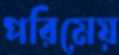
পরিমেয়